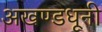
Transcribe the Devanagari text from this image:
अखण्डधूनी